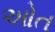
ઓત